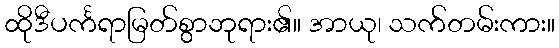
ထိုဒီပင်္ကရာမြတ်စွာဘုရား၏။ အာယု၊ သက်တမ်းကား။